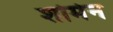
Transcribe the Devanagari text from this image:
शोमेन